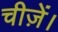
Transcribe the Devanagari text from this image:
चीज़ें।